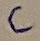
Text: C